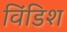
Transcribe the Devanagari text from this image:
विंडिश